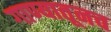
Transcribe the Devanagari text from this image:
गाण्यातूनच